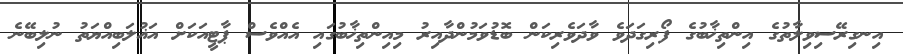
އިނގިރޭސިވިލާތުގެ އިންތިޚާބުގެ ފޯރިގަދަވެ ވާދަވެރިކަން ބޮޑުވަމުންދާއިރު މިއިންތިޚާބުގައި އެއްވެސް ޕާޓީއަކަށް އަޣުލަބިއްޔަތު ނުލިބޭނެ